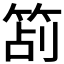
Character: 𥭔